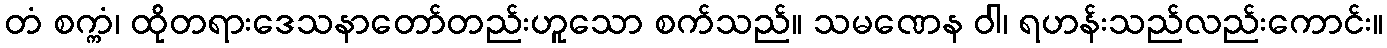
တံ စက္ကံ၊ ထိုတရားဒေသနာတော်တည်းဟူသော စက်သည်။ သမဏေန ဝါ၊ ရဟန်းသည်လည်းကောင်း။